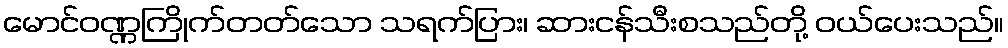
မောင်ဝဏ္ဏကြိုက်တတ်သော သရက်ပြား၊ ဆားငန်သီးစသည်တို့ ဝယ်ပေးသည်။